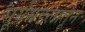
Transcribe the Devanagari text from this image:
सूर्यमंडलातून